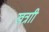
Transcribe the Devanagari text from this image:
खत्राी